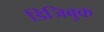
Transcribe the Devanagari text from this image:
डिजिबुक